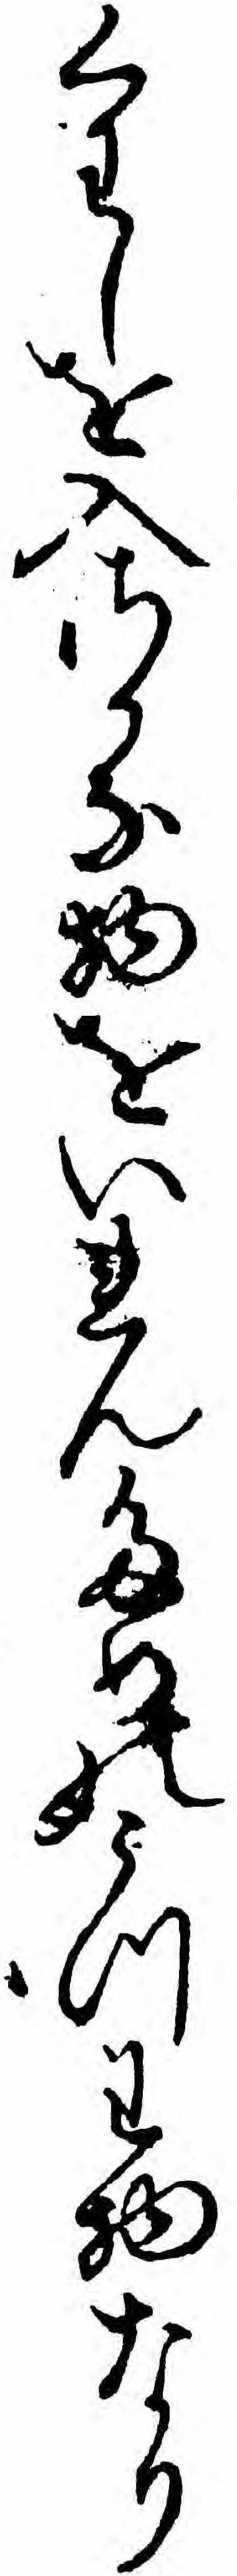
くわしを入さかな物をいれんためのうつわ物なり